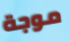
موجة